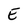
Character: E